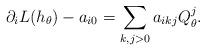
LaTeX: \begin{align*}\partial_iL(h_\theta)-a_{i0}=\sum_{k,j>0}a_{ikj}Q_\theta^j.\end{align*}